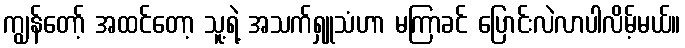
ကျွန်တော့် အထင်တော့ သူ့ရဲ့ အသက်ရှူသံဟာ မကြာခင် ပြောင်းလဲလာပါလိမ့်မယ်။